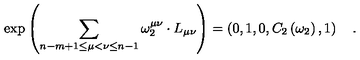
\exp \left( \sum _ { n - m + 1 \le \mu < \nu \le n - 1 } \omega _ { 2 } ^ { \mu \nu } \cdot L _ { \mu \nu } \right) = \left( 0 , 1 , 0 , C _ { 2 } \left( \omega _ { 2 } \right) , 1 \right) \quad .